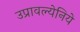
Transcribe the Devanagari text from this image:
उप्रावल्येनिये